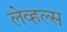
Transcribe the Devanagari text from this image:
लेव्हल्स